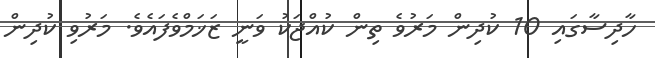
ހާދިސާގައި 10 ކުދިން މަރުވެ ތިން ކުއްޖަކު ވަނީ ޒަޚަމްވެފައެވެ. މަރުވި ކުދިން